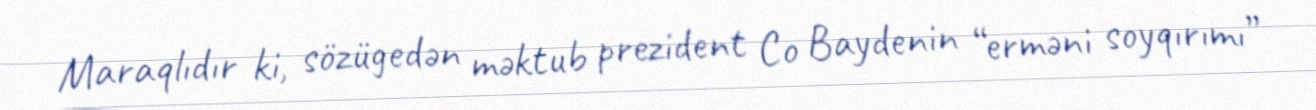
Maraqlıdır ki, sözügedən məktub prezident Co Baydenin “erməni soyqırımı”